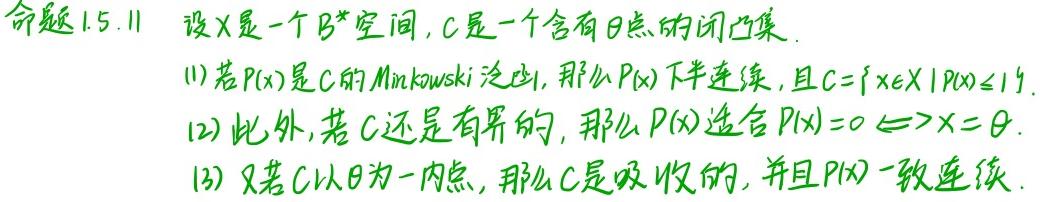
命题1.5.11 设$X$是一个$B^*$空间，$C$是一个含有$\theta$点的闭凸集.
(1) 若$P(x)$是$C$的Minkowski泛函，那么$P(x)$下半连续，且$C = \{x \in X | P(x) \leq 1\}$.
(2) 此外，若$C$还是有界的，那么$P(x)$适合$P(x) = 0 \Longleftrightarrow x = \theta$.
(3) 又若$C$以$\theta$为一内点，那么$C$是吸收的，并且$P(x)$一致连续.